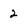
Character: 2